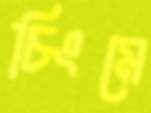
চিংমে